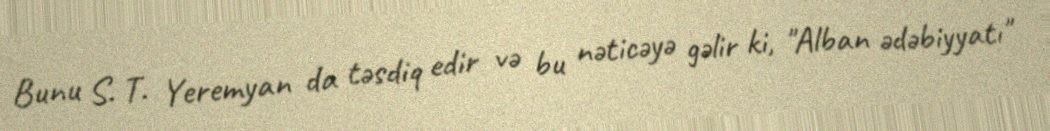
Bunu S. T. Yeremyan da təsdiq edir və bu nəticəyə gəlir ki, "Alban ədəbiyyatı"